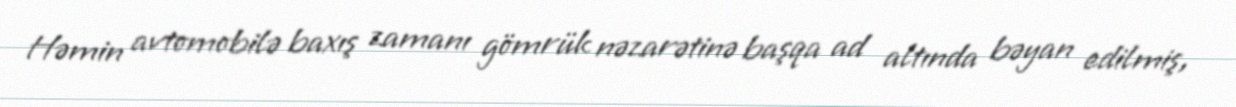
Həmin avtomobilə baxış zamanı gömrük nəzarətinə başqa ad altında bəyan edilmiş,